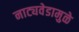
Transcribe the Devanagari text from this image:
नाट्यवेडामुळे